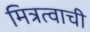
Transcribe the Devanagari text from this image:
मित्रत्वाची